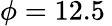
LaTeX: \phi=12.5\